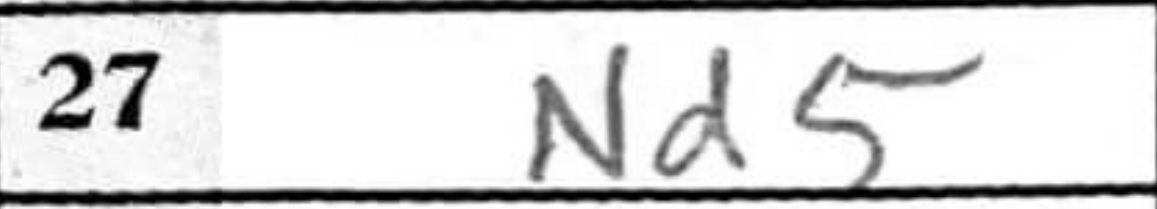
Transcription: Nd5